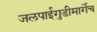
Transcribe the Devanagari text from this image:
जलपाईगुडीमार्गेच